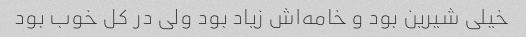
خیلی شیرین بود و خامه‌اش زیاد بود ولی در کل خوب بود